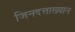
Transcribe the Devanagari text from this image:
जिनदत्ताख्यान